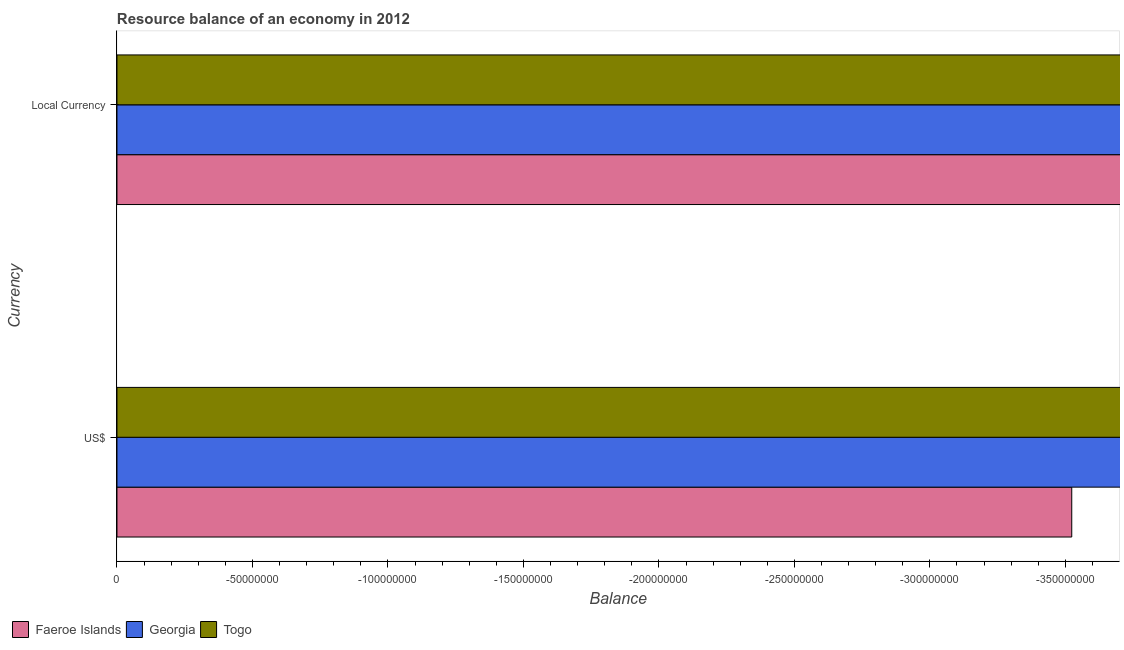
| Currency | Faeroe Islands | Georgia | Togo |
 | --- | --- | --- | --- |
 | US$ | -3.52e+08 | -3.11e+09 | -8.01e+08 |
 | Local Currency | -2.04e+09 | -5.14e+09 | -4.09e+11 |